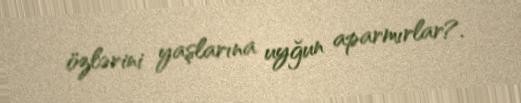
özlərini yaşlarına uyğun aparmırlar?.